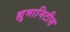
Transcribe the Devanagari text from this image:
ह्युमानिटीस